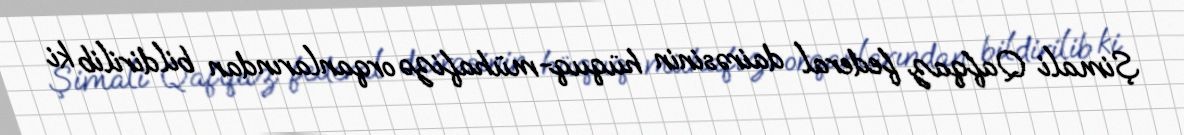
Şimali Qafqaz federal dairəsinin hüquq-mühafizə orqanlarından bildirilib ki